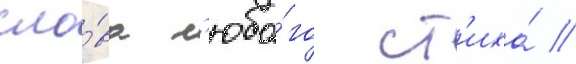
сло́ва л'юбо́го ст'иха́ //